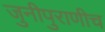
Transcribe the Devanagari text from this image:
जुनीपुराणीच